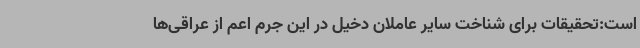
است:تحقیقات برای شناخت سایر عاملان دخیل در این جرم اعم از عراقی‌ها